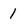
Character: 1